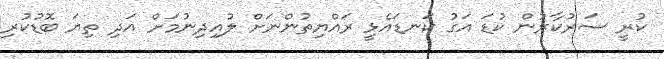
ކުރީ ސަރުކާރުން ކުޑަ އަގު ކަނޑައެޅީ ރައްޔިތުންނަށް ލުއިދިނުމަށް އަދި ތިޔަ ބޮޑުކުރި